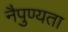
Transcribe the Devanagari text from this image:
नैपुण्यता